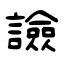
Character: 譣